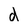
Character: d